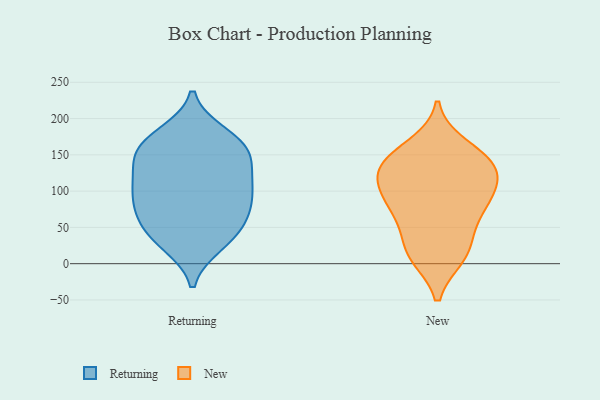
{"axis": {"x": "Shipments", "y": "Value"}, "legend": ["New", "Returning"], "data": [{"x": "", "y": 65, "type": "Returning"}, {"x": "", "y": 102, "type": "Returning"}, {"x": "", "y": 38, "type": "Returning"}, {"x": "", "y": 110, "type": "Returning"}, {"x": "", "y": 129, "type": "Returning"}, {"x": "", "y": 142, "type": "Returning"}, {"x": "", "y": 164, "type": "Returning"}, {"x": "", "y": 156, "type": "Returning"}, {"x": "", "y": 179, "type": "Returning"}, {"x": "", "y": 105, "type": "Returning"}, {"x": "", "y": 160, "type": "Returning"}, {"x": "", "y": 145, "type": "Returning"}, {"x": "", "y": 50, "type": "Returning"}, {"x": "", "y": 102, "type": "Returning"}, {"x": "", "y": 176, "type": "Returning"}, {"x": "", "y": 83, "type": "Returning"}, {"x": "", "y": 64, "type": "Returning"}, {"x": "", "y": 26, "type": "Returning"}, {"x": "", "y": 28, "type": "Returning"}, {"x": "", "y": 76, "type": "Returning"}, {"x": "", "y": 143, "type": "New"}, {"x": "", "y": 14, "type": "New"}, {"x": "", "y": 151, "type": "New"}, {"x": "", "y": 36, "type": "New"}, {"x": "", "y": 124, "type": "New"}, {"x": "", "y": 79, "type": "New"}, {"x": "", "y": 108, "type": "New"}, {"x": "", "y": 10, "type": "New"}, {"x": "", "y": 12, "type": "New"}, {"x": "", "y": 100, "type": "New"}, {"x": "", "y": 61, "type": "New"}, {"x": "", "y": 123, "type": "New"}, {"x": "", "y": 81, "type": "New"}, {"x": "", "y": 130, "type": "New"}, {"x": "", "y": 138, "type": "New"}, {"x": "", "y": 163, "type": "New"}, {"x": "", "y": 81, "type": "New"}]}